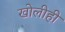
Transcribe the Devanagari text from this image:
खोलीही